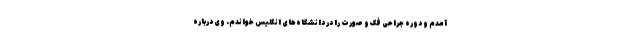
آمدم و دوره جراحی فک و صورت را در دانشگاه‌های انگلیس خواندم. وی درباره